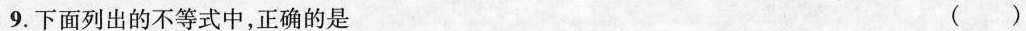
9.下面列出的不等式中，正确的是 ()